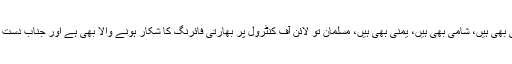
کہا جاتا ہے کہ جی مسلم مارا گیا ہے، سر جی مسلمان تو کشمیری بھی ہیں، فلسطینی بھی ہیں، شامی بھی ہیں، یمنی بھی ہیں، مسلمان تو لائن آف کنٹرول پر بھارتی فائرنگ کا شکار ہونے والا بھی ہے اور جناب دست بستہ کہتی ہوں مسلمان تو سعودی بھی ہے، قطری بھی ہے، یواے ای والے بھی ہیں۔